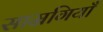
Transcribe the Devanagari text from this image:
साम्रगियाँ